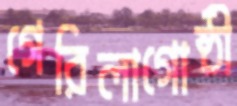
গেরিলাগোষ্ঠী